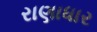
રાણાધાર